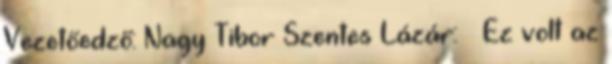
Vezetőedző: Nagy Tibor Szentes Lázár: – Ez volt az